65_HS1-834228961_62-HQ-83894_Section_7
Agency: FBI
Page 53
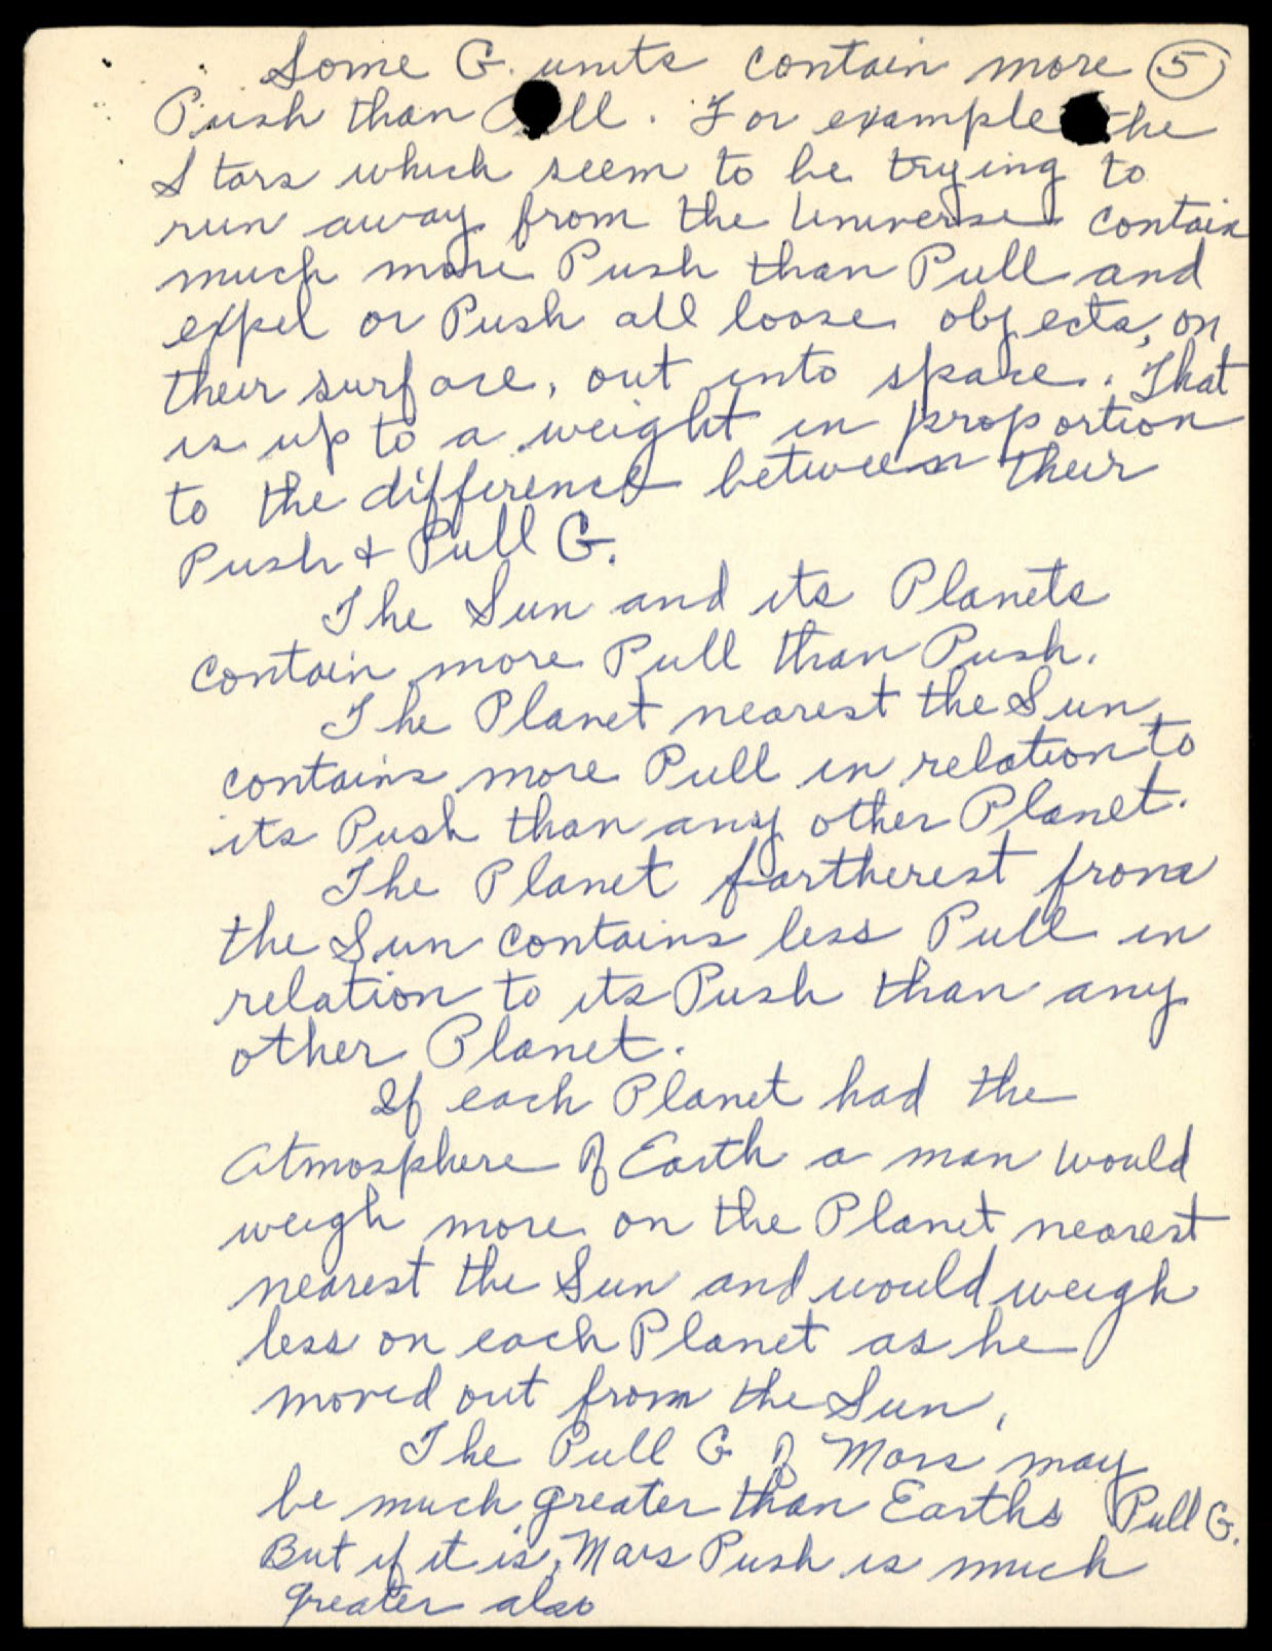